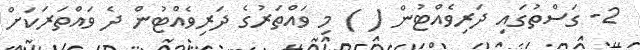
2- ގަސްތުގައި ދަރިވެއްޓުން ( ) މި ވައްތަރުގެ ދަރިވެއްޓުން ދެ ވައްތަރަކަށް